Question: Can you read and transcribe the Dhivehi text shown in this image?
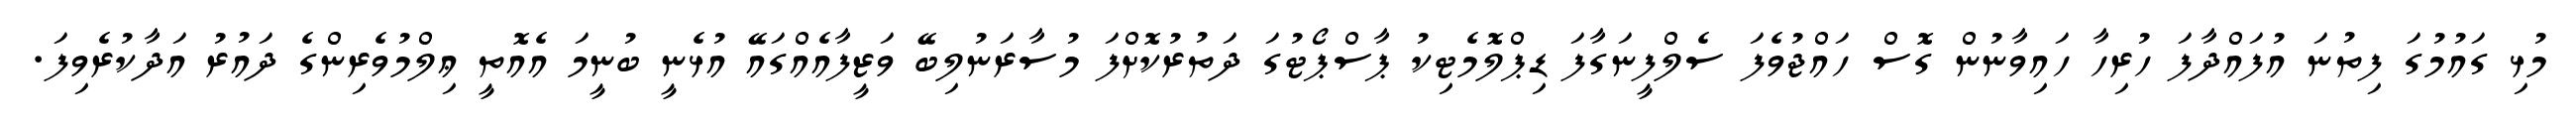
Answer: މުޅި ގައުމުގަ ފިތުނަ އުފައްދާފަ ހުރިހާ ހައިވާނުން ގޮސް ހައްޖުވެފަ ސެލްފީނަގާފަ ޑިޕްލޮމެޓިކު ޕާސްޕޯޓުގަ ދަތުރުކޮށްފަ މުސާރަނުލިބޭ ވަޒީފާއެއްގައޭ އުޅެނީ ބުނީމަ އެއޮތީ ޢިލްމުވެރިންގެ ދައުރު އަދާކުރެވިފަ.